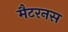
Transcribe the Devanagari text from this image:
मैटरनस